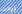
زرعت